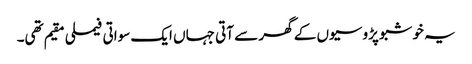
یہ خوشبو پڑوسیوں کے گھر سے آتی جہاں ایک سواتی فیملی مقیم تھی۔